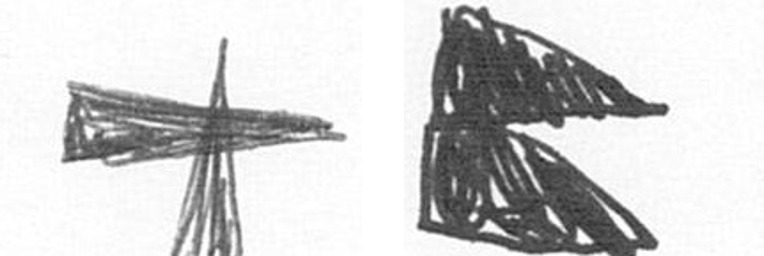
G P